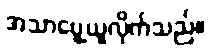
အသာပွေ့ယူလိုက်သည်။